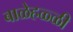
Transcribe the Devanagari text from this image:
बाळेहळ्ळी